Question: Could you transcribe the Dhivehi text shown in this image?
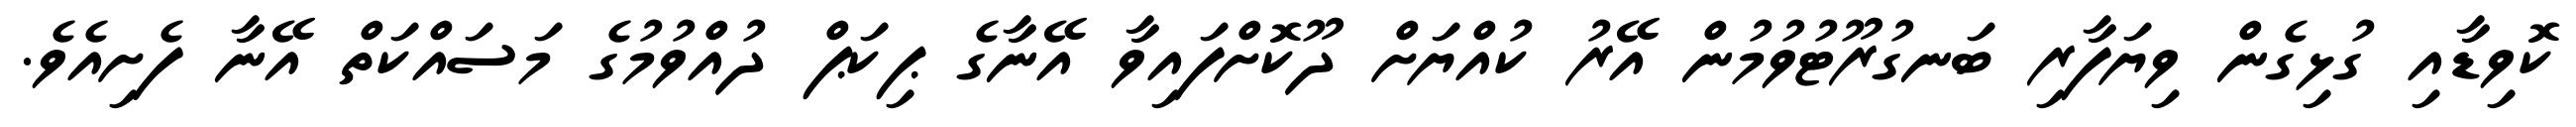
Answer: ކޮވިޑާއި ގުޅިގެން ވިޔަފާރި ބަނގުރޫޓުވުމުން އޭރު ކުއްޔަށް ދޫކޮށްފައިވާ އޭނާގެ ޕިކަޕް ދުއްވުމުގެ މަސައްކަތް އޭނާ ފެށިއެވެ.